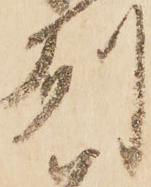
州